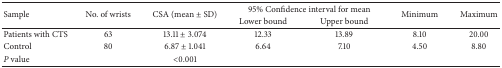
<table><thead><tr><td rowspan="2"><b>Sample</b></td><td rowspan="2"><b>No. of wrists</b></td><td rowspan="2"><b>CSA (mean ± SD)</b></td><td colspan="2"><b>95% Confidence interval for mean</b></td><td rowspan="2"><b>Minimum</b></td><td rowspan="2"><b>Maximum</b></td></tr><tr><td><b>Lower bound</b></td><td><b>Upper bound</b></td></tr></thead><tbody><tr><td>Patients with CTS</td><td>63</td><td>13.11 ± 3.074</td><td>12.33</td><td>13.89</td><td>8.10</td><td>20.00</td></tr><tr><td>Control</td><td>80</td><td>6.87 ± 1.041</td><td>6.64</td><td>7.10</td><td>4.50</td><td>8.80</td></tr><tr><td><i>P</i> value</td><td> </td><td>&lt;0.001</td><td> </td><td> </td><td> </td><td> </td></tr></tbody></table>